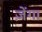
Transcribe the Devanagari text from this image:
ज़ेंगा